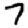
Digit: 7